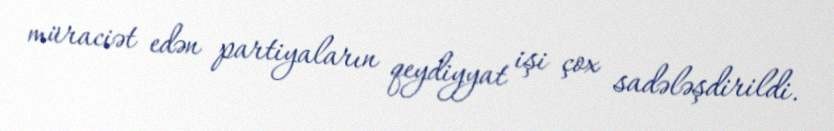
müraciət edən partiyaların qeydiyyat işi çox sadələşdirildi.